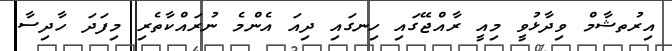
އިރުތޝާމް ވިދާޅުވީ މިއީ ރާއްޖޭގައި ހިނގައި ދިއަ އެންމެ ނުރައްކާތެރި މިފަދަ ހާދިސާ